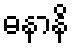
ဓနာနိ